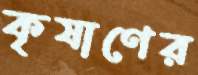
কৃষাণের